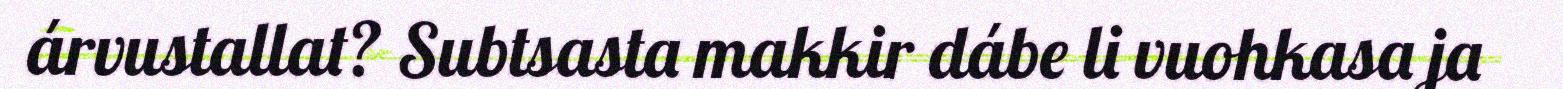
árvustallat? Subtsasta makkir dábe li vuohkasa ja